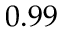
0 . 9 9